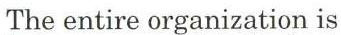
The entire organization is